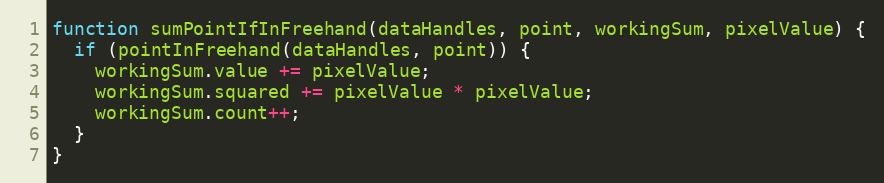
Language: JavaScript
function sumPointIfInFreehand(dataHandles, point, workingSum, pixelValue) {
  if (pointInFreehand(dataHandles, point)) {
    workingSum.value += pixelValue;
    workingSum.squared += pixelValue * pixelValue;
    workingSum.count++;
  }
}